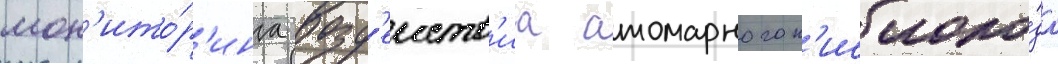
мон'ито́р'инга возд'еиств'иа атомарного к'ислоро́да